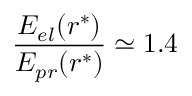
\frac { E _ { e l } ( r ^ { * } ) } { E _ { p r } ( r ^ { * } ) } \simeq 1 . 4